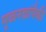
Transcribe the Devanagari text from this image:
मूळनद्यांपैकी